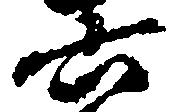
六